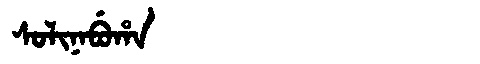
Manchu: ᠰᠣᠯᡳᠨᠠᠪᡠᡥᠠ
Romanization: SOLINABUHA